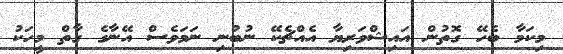
މިކަމާ ބެހޭ ގޮތުން އައިޝްވަރިޔާ އެއްޗެކޭ ނުބުނި ނަމަވެސް އޭނާގެ ގާތް މީހަކު